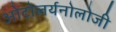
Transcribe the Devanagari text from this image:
ओटोलर्यनोलोजी